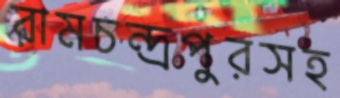
রামচন্দ্রপুরসহ